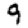
Digit: 9